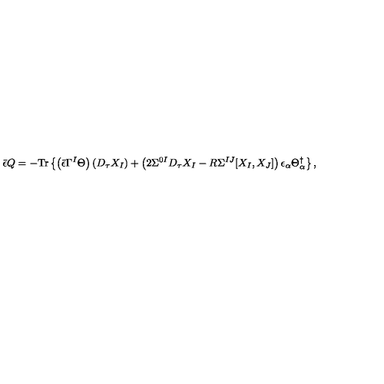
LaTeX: { \bar { \epsilon } } Q = - \mathrm { T r } \left\{ \left( { \bar { \epsilon } } \Gamma ^ { I } \Theta \right) \left( D _ { \tau } X _ { I } \right) + \left( 2 \Sigma ^ { 0 I } D _ { \tau } X _ { I } - R \Sigma ^ { I J } [ X _ { I } , X _ { J } ] \right) \epsilon _ { \alpha } \Theta _ { \alpha } ^ { \dag } \right\} ,